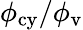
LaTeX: \phi_{\mathrm{cy}}/\phi_{\mathrm{v}}